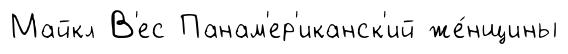
Майкл В'ес Панам'ер'иканск'ий же́нщины